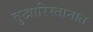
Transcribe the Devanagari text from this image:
तुखारिस्तानात